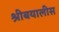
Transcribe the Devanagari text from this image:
श्रीबयालीस